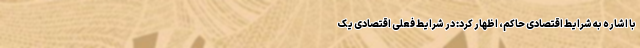
با اشاره به شرایط اقتصادی حاکم، اظهار کرد: در شرایط فعلی اقتصادی یک